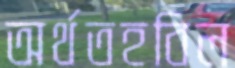
অর্থতহবিল